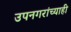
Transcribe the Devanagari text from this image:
उपनगरांच्याही